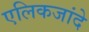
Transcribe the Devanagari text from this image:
एलिकजांदे